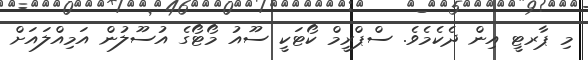
މި ޕާރޓީ އިން ދެކެމެވެ. ސްޕްރީމް ކޯޓަކީ ސޫއު މޯޓޯގެ އުސޫލުން އަމިއްލައަށް